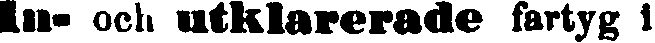
In- och utklarerade fartyg i